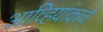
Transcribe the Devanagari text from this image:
आव्हियांकाचे